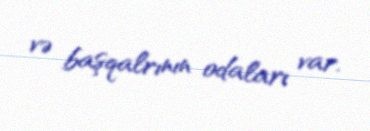
və başqalrının odaları var.